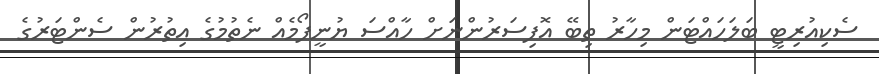
ސެކިއުރިޓީ ބަލަހައްޓަން މިހާރު ތިބޭ އޮފިސަރުންނަށް ހާއްސަ ޔުނީފޯމެއް ނެތުމުގެ އިތުރުން ސެންޓަރުގެ